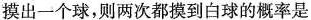
摸出一个球，则两次都摸到白球的概率是